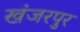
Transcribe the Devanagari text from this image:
खंजरपुर